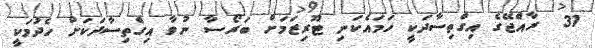
31  ރާއްޖޭގެ އިގްތިސާދަކީ ހަމައެކަނި ޓޫރިޒަމަށް ބަރޯސާ ނުވާ އިގްތިސާދަކަށް ހެދުމަކީ